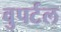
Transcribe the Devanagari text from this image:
वुपर्टल